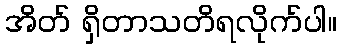
အိတ် ရှိတာသတိရလိုက်ပါ။